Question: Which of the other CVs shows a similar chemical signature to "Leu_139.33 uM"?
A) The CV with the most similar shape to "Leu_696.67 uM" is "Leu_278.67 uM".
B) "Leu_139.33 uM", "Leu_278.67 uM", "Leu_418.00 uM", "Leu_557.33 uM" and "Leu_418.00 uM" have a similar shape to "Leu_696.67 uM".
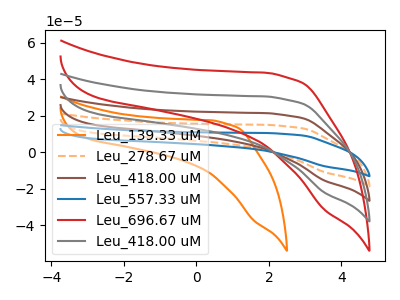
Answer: <think>The orange curve "Leu_139.33 uM" has no peaks. The orange dashed curve "Leu_278.67 uM" has no peaks. The brown curve "Leu_418.00 uM" has no peaks. The blue curve "Leu_557.33 uM" has no peaks. The red curve "Leu_696.67 uM" has no peaks. The gray curve "Leu_418.00 uM" has no peaks.
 Neither "Leu_139.33 uM" or "Leu_278.67 uM" have any peaks. Neither "Leu_139.33 uM" or "Leu_418.00 uM" have any peaks. Neither "Leu_139.33 uM" or "Leu_557.33 uM" have any peaks. Neither "Leu_139.33 uM" or "Leu_696.67 uM" have any peaks. Neither "Leu_139.33 uM" or "Leu_418.00 uM" have any peaks. Neither "Leu_278.67 uM" or "Leu_418.00 uM" have any peaks. Neither "Leu_278.67 uM" or "Leu_557.33 uM" have any peaks. Neither "Leu_278.67 uM" or "Leu_696.67 uM" have any peaks. Neither "Leu_278.67 uM" or "Leu_418.00 uM" have any peaks. Neither "Leu_418.00 uM" or "Leu_557.33 uM" have any peaks. Neither "Leu_418.00 uM" or "Leu_696.67 uM" have any peaks. Neither "Leu_418.00 uM" or "Leu_418.00 uM" have any peaks. Neither "Leu_557.33 uM" or "Leu_696.67 uM" have any peaks. Neither "Leu_557.33 uM" or "Leu_418.00 uM" have any peaks. Neither "Leu_696.67 uM" or "Leu_418.00 uM" have any peaks.</think>
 <answer>B) "Leu_139.33 uM", "Leu_278.67 uM", "Leu_418.00 uM", "Leu_557.33 uM" and "Leu_418.00 uM" have a similar shape to "Leu_696.67 uM".</answer>
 <eval>B</eval>